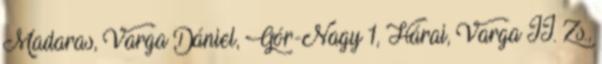
Madaras, Varga Dániel, Gór-Nagy 1, Hárai, Varga II. Zs.,